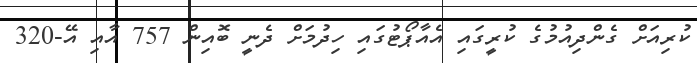
ކުރިއަށް ގެންދިއުމުގެ ކުރީގައި އެއާޕޯޓުގައި ހިދުމަށް ދެނީ ބޮއިން 757 އާއި އޭ-320